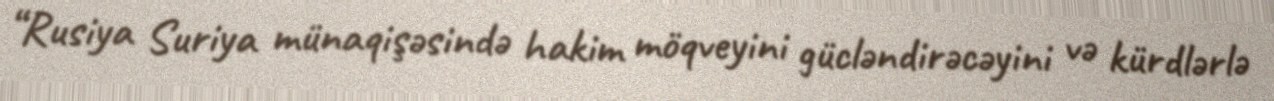
“Rusiya Suriya münaqişəsində hakim möqveyini gücləndirəcəyini və kürdlərlə